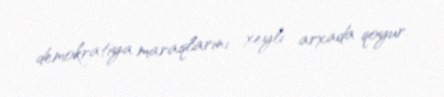
demokratiya maraqlarını xeyli arxada qoyur.